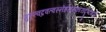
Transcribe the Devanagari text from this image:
गुरुत्वद्रवत्वस्नेहसंस्कारादृष्टशब्दा